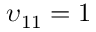
\upsilon _ { 1 1 } = 1